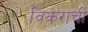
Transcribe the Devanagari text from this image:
विकराची